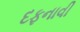
દફનાવી